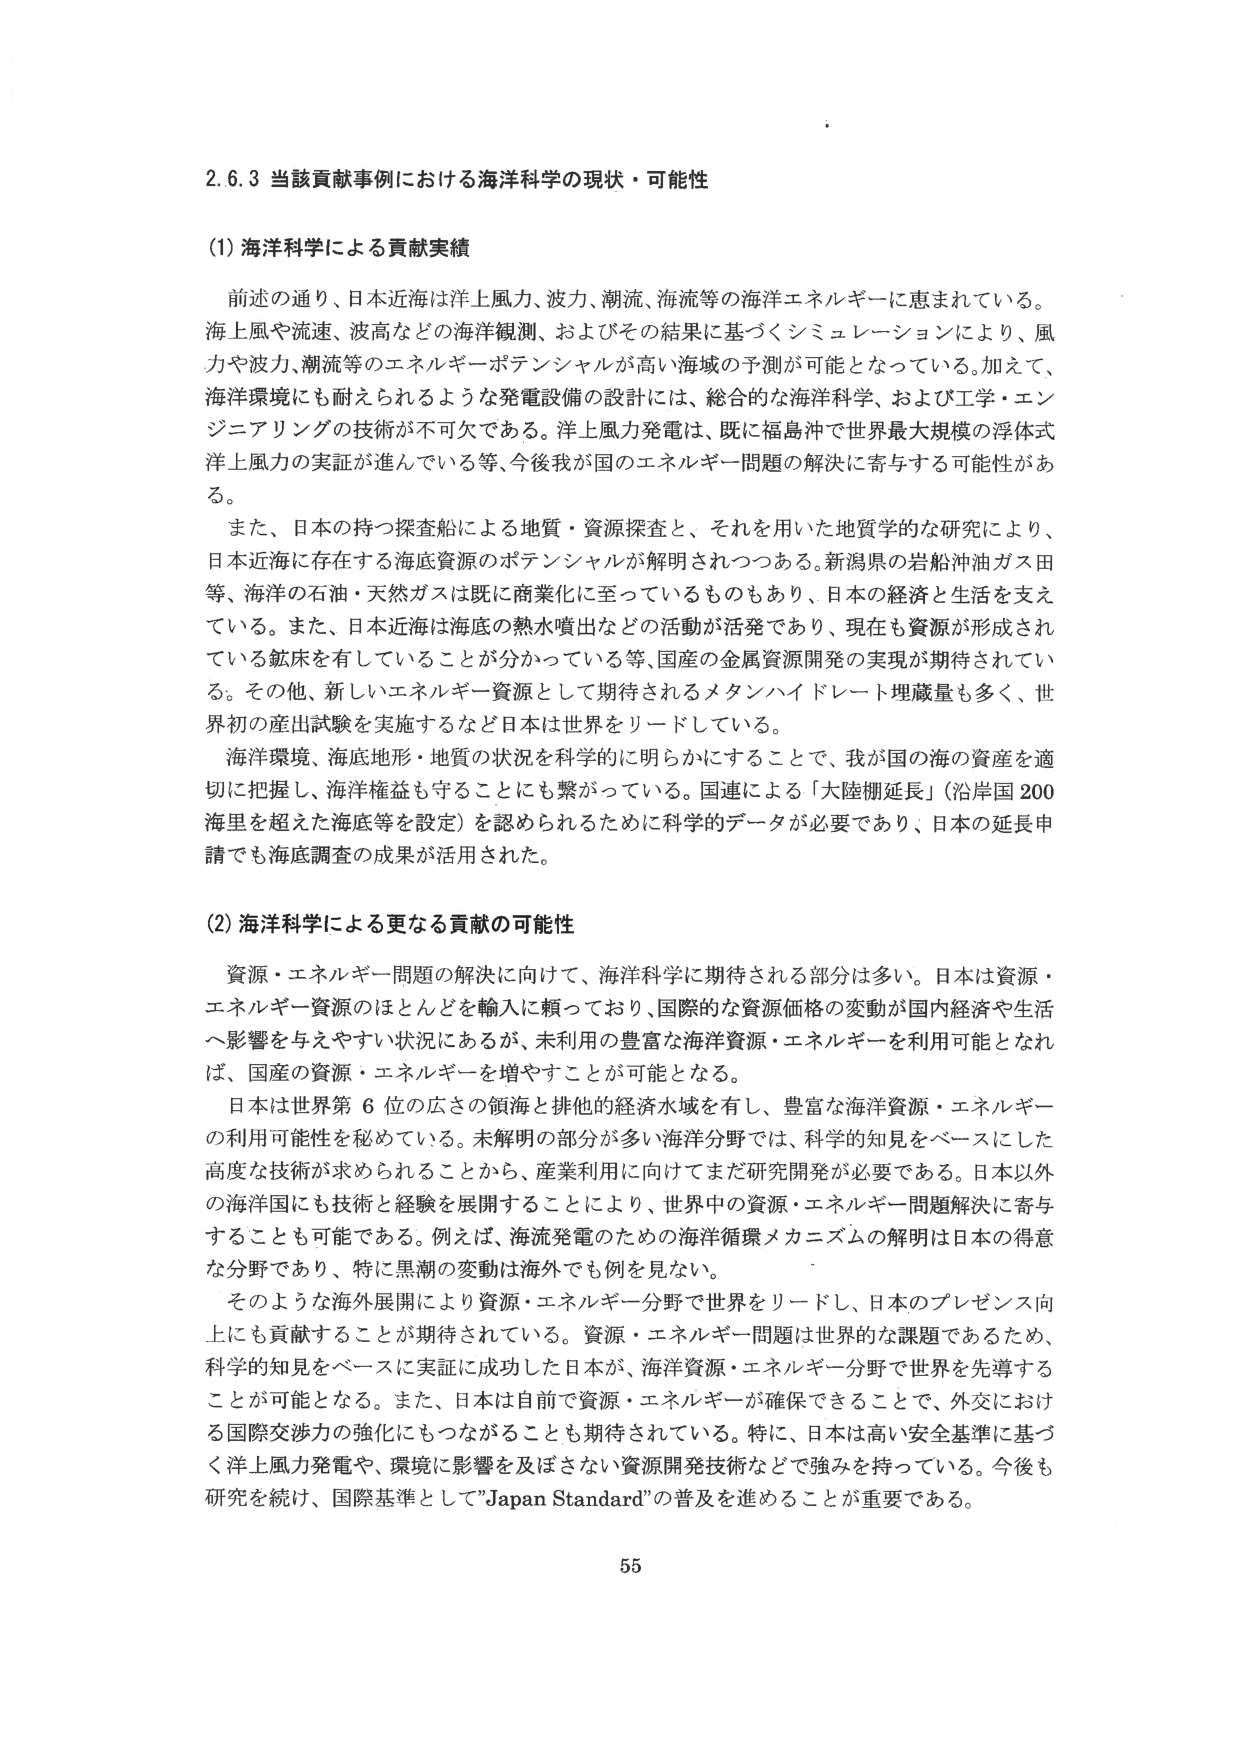
2.6.3 当該貢献事例における海洋科学の現状・可能性

(1) 海洋科学による貢献実績

前述の通り、日本近海は洋上風力、波力、潮流、海流等の海洋エネルギーに恵まれている。海上風や流速、波高などの海洋観測、およびその結果に基づくシミュレーションにより、風力や波力、潮流等のエネルギーポテンシャルが高い海域の予測が可能となっている。加えて、海洋環境にも耐えられるような発電設備の設計には、総合的な海洋科学、および工学・エンジニアリングの技術が不可欠である。洋上風力発電は、既に福島沖で世界最大規模の浮体式洋上風力の実証が進んでいる等、今後我が国のエネルギー問題の解決に寄与する可能性がある。

また、日本の持つ探査船による地質・資源探査と、それを用いた地質学的な研究により、日本近海に存在する海底資源のポテンシャルが解明されつつある。新潟県の岩船沖油ガス田等、海洋の石油・天然ガスは既に商業化に至っているものもあり、日本の経済と生活を支えている。また、日本近海は海底の熱水噴出などの活動が活発であり、現在も資源が形成されている鉱床を有していることが分かっている等、国産の金属資源開発の実現が期待されている。その他、新しいエネルギー資源として期待されるメタンハイドレート埋蔵量も多く、世界初の産出試験を実施するなど日本は世界をリードしている。

海洋環境、海底地形・地質の状況を科学的に明らかにすることで、我が国の海の資産を適切に把握し、海洋権益も守ることにも繋がっている。国連による「大陸棚延長」（沿岸国200海里を超えた海底等を設定）を認められるために科学的データが必要であり、日本の延長申請でも海底調査の成果が活用された。

(2) 海洋科学による更なる貢献の可能性

資源・エネルギー問題の解決に向けて、海洋科学に期待される部分は多い。日本は資源・エネルギー資源のほとんどを輸入に頼っており、国際的な資源価格の変動が国内経済や生活へ影響を与えるやすい状況にあるが、未利用の豊富な海洋資源・エネルギーを利用可能となれば、国産の資源・エネルギーを増やすことが可能となる。

日本は世界第6位の広さの領海と排他的経済水域を有し、豊富な海洋資源・エネルギーの利用可能性を秘めている。未解明の部分が多い海洋分野では、科学的知見をベースにした高度な技術が求められることから、産業利用に向けてまだ研究開発が必要である。日本以外の海洋国にも技術と経験を展開することにより、世界中の資源・エネルギー問題解決に寄与することも可能である。例えば、海流発電のための海洋循環メカニズムの解明は日本の得意な分野であり、特に黒潮の変動は海外でも例を見ない。

そのような海外展開により資源・エネルギー分野で世界をリードし、日本のプレゼンス向上にも貢献することが期待されている。資源・エネルギー問題は世界的な課題であるため、科学的知見をベースに実証に成功した日本が、海洋資源・エネルギー分野で世界を先導することが可能となる。また、日本は自前で資源・エネルギーが確保できることで、外交における国際交渉力の強化にもつながることも期待されている。特に、日本は高い安全基準に基づく洋上風力発電や、環境に影響を及ぼさない資源開発技術などで強みを持っている。今後も研究を続け、国際基準として"Japan Standard"の普及を進めることが重要である。

55